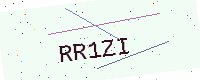
Text: RR1ZI